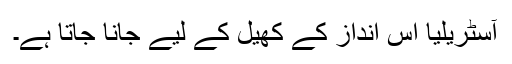
آسٹریلیا اس انداز کے کھیل کے لیے جانا جاتا ہے۔